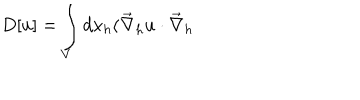
D [ u ] = \int _ { V } d x _ { h } ( \vec { \nabla } _ { h } u \cdot \vec { \nabla } _ { h }